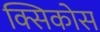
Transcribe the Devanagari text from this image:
क्सिकोस